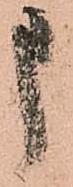
申